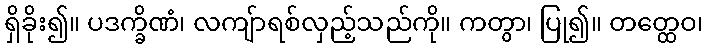
ရှိခိုး၍။ ပဒက္ခိဏံ၊ လကျ်ာရစ်လှည့်သည်ကို။ ကတွာ၊ ပြု၍။ တတ္ထေဝ၊